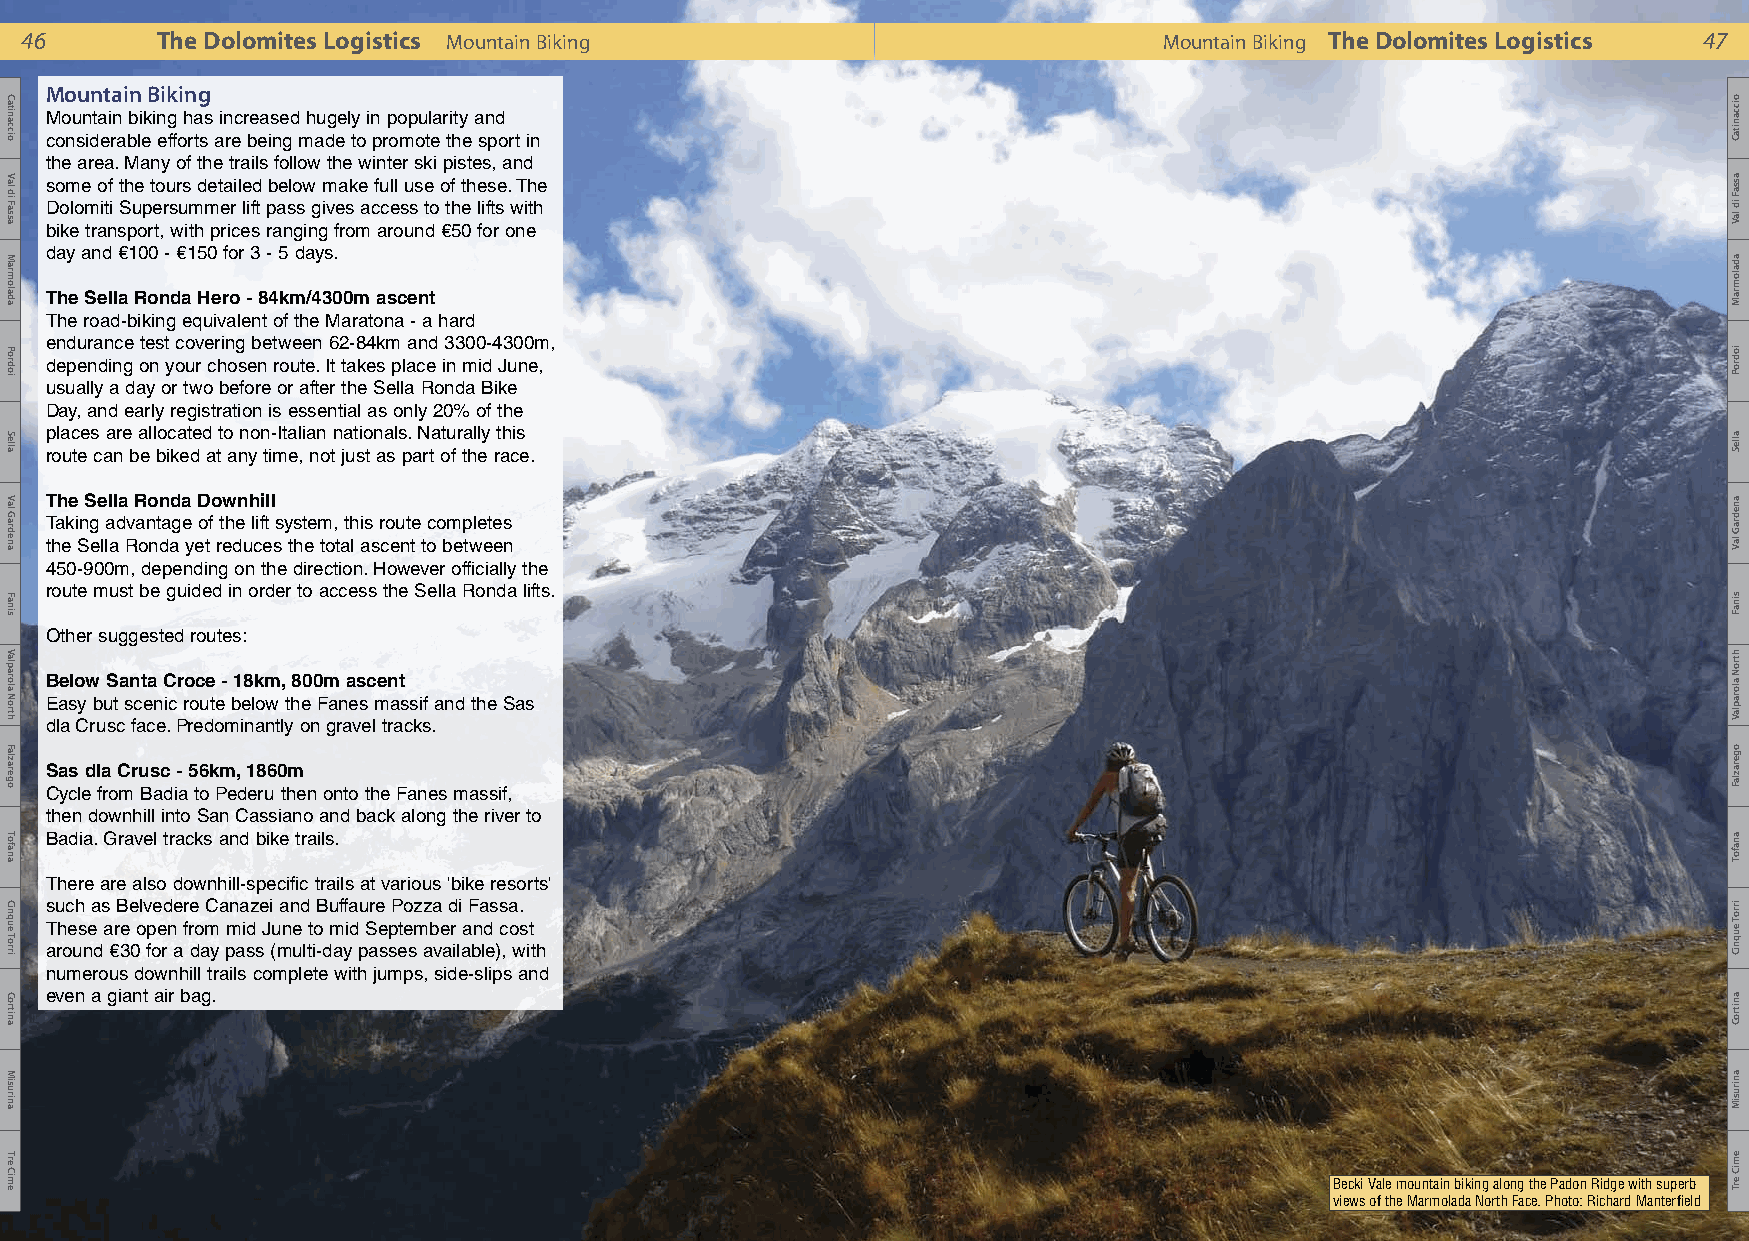
46       The Dolomites Logistics Mountain Biking                            Mountain Biking The Dolomites Logistics 47
 Mountain Biking
 Mountain biking has increased hugely in popularity and
 considerable efforts are being made to promote the sport in
 the area. Many of the trails follow the winter ski pistes, and
 some of the tours detailed below make full use of these. The
 Dolomiti Supersummer lift pass gives access to the lifts with
 bike transport, with prices ranging from around €50 for one
 day and €100 - €150 for 3 - 5 days.
 The Sella Ronda Hero - 84km/4300m ascent
 The road-biking equivalent of the Maratona - a hard
 endurance test covering between 62-84km and 3300-4300m,
 depending on your chosen route. It takes place in mid June,
 usually a day or two before or after the Sella Ronda Bike
 Day, and early registration is essential as only 20% of the
 places are allocated to non-Italian nationals. Naturally this
 route can be biked at any time, not just as part of the race.
 The Sella Ronda Downhill
 Taking advantage of the lift system, this route completes
 the Sella Ronda yet reduces the total ascent to between
 450-900m, depending on the direction. However officially the
 route must be guided in order to access the Sella Ronda lifts.
 Other suggested routes:
 Below Santa Croce - 18km, 800m ascent
 Easy but scenic route below the Fanes massif and the Sas
 dla Crusc face. Predominantly on gravel tracks.
 Sas dla Crusc - 56km, 1860m
 Cycle from Badia to Pederu then onto the Fanes massif,
 then downhill into San Cassiano and back along the river to
 Badia. Gravel tracks and bike trails.
 There are also downhill-specific trails at various 'bike resorts'
 such as Belvedere Canazei and Buffaure Pozza di Fassa.
 These are open from mid June to mid September and cost
 around €30 for a day pass (multi-day passes available), with
 numerous downhill trails complete with jumps, side-slips and
 even a giant air bag.
 Becki Vale mountain biking along the Padon Ridge with superb
 views of the Marmolada North Face. Photo: Richard Manterfield
 Catinaccio
 Val
 di
 Fassa
 Marmolada
 Pordoi
 Sella
 Val
 Gardena
 Fanis
 Valparola
 North
 Falzarego
 Tofana
 Cinque
 Torri
 Cortina
 Misurina
 Tre
 Cime
 oiccanitaC
 assaF
 id
 laV
 adalomraM
 iodroP
 alleS
 anedraG
 laV
 sinaF
 htroN
 aloraplaV
 ogerazlaF
 anafoT
 irroT
 euqniC
 anitroC
 anirusiM
 emiC
 erT